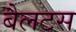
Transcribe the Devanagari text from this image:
बैलटस